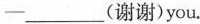
-___(谢谢)you.